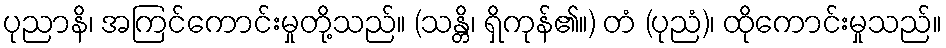
ပုညာနိ၊ အကြင်ကောင်းမှုတို့သည်။ (သန္တိ၊ ရှိကုန်၏။) တံ (ပုညံ)၊ ထိုကောင်းမှုသည်။